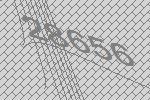
28656